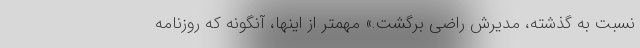
نسبت به گذشته، مدیرش راضی برگشت.» مهمتر از اینها، آنگونه که روزنامه